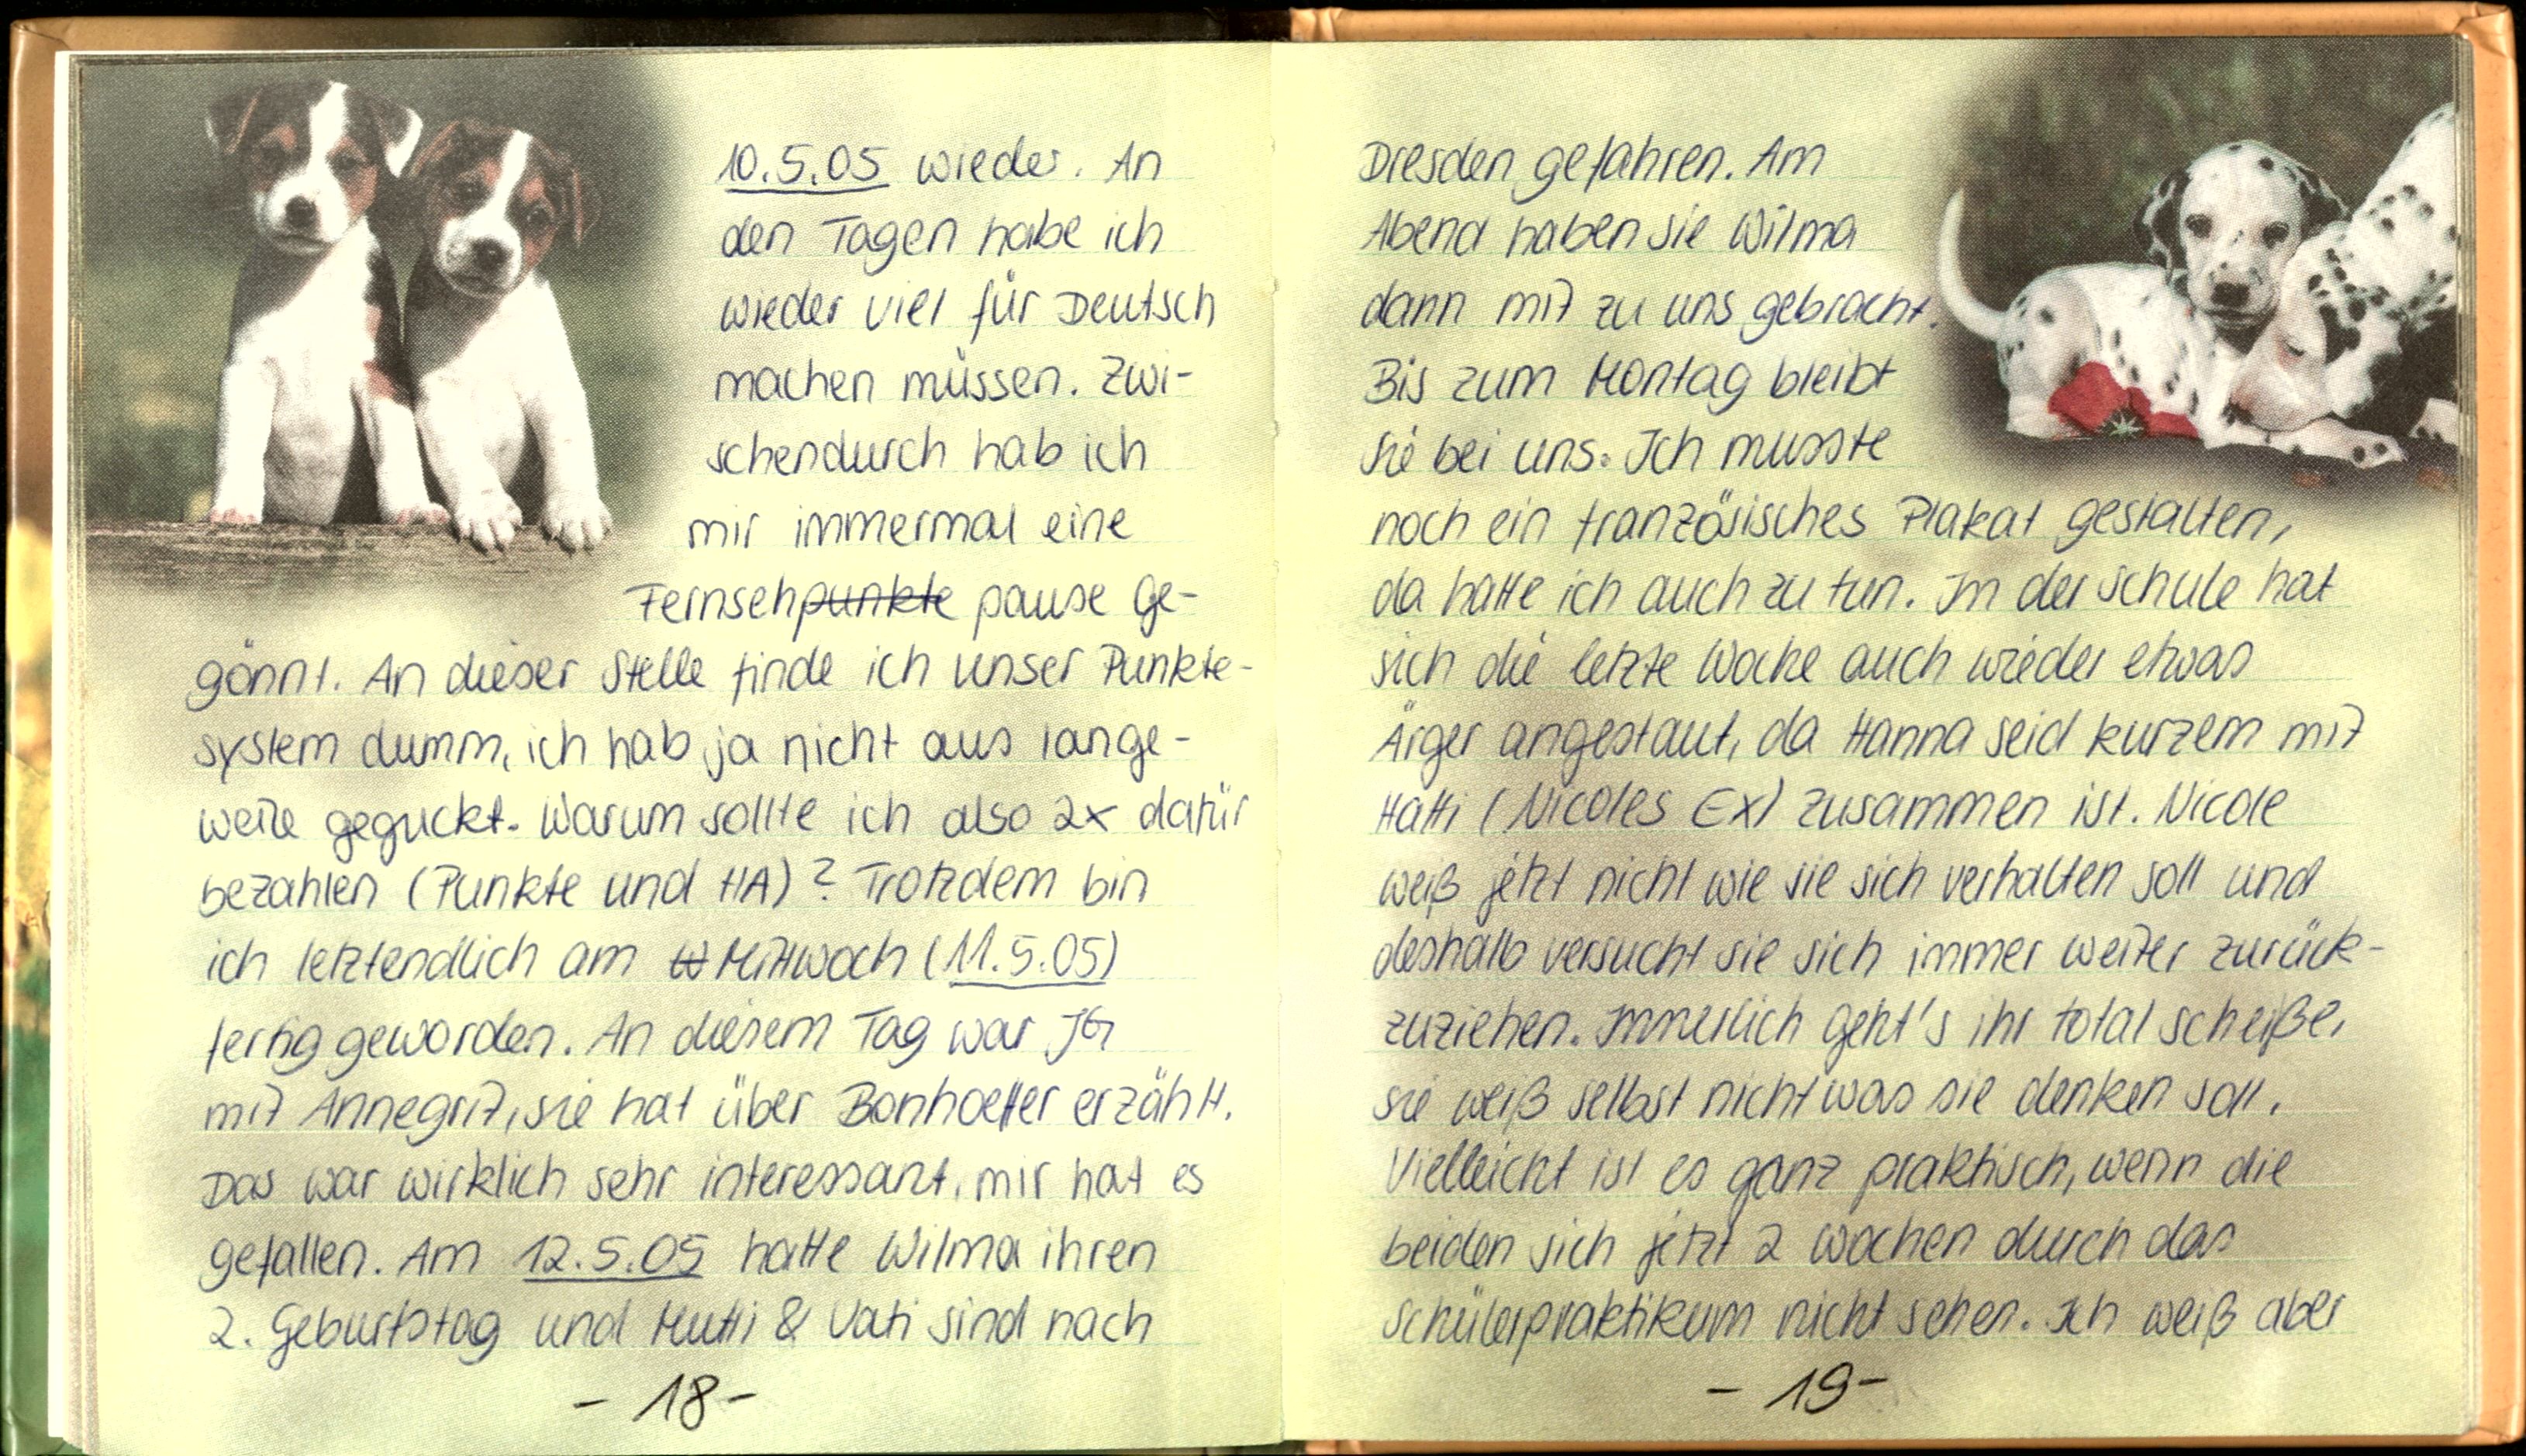
10.5.05 wieder. An
den Tagen habe ich
wieder viel für Deutsch
machen müssen. Zwi-
schendurch hab ich
mir immermal eine
Fernsehpause Ge-
gönnt. An dieser Stelle finde ich unser Punkte-
system dumm, ich hab ja nicht aus lange-
weile geguckt. Warum sollte ich also 2x dafür
bezahlen (Punkte und HA)? Trotzdem bin
ich letztendlich am Mittwoch (11.5.05)
fertig geworden. An diesem Tag war JG
mit Annegrit, sie hat über Bonhoeffer erzählt.
Das war wirklich sehr interessant, mir hat es
gefallen. Am 12.5.05 hatte Wilma ihren
2. Geburtstag und Mutti & Vati sind nach

Dresden gefahren. Am
Abend haben sie Wilma
dann mit zu uns gebracht.
Bis zum Montag bleibt
sie bei uns. Ich musste
noch ein französisches Plakat gestalten,
da hatte ich auch zu tun. In der Schule hat
sich die letzte Woche auch wieder etwas
Ärger angestaut, da Hanna seid kurzem mit
Hatti (Nicoles Ex) zusammen ist. Nicole
weiß jetzt nicht wie sie sich verhalten soll und
deshalb versucht sie sich immer weiter zurück
zuziehen. Inmerlich geht's ihr total scheiße,
sie weiß selbst nicht was sie denken soll.
vielleicht ist es ganz praktisch, wenn die
beiden sich jetzt 2 Wochen durch das
Schulpraktikum nicht sehen. Ich weiß aber